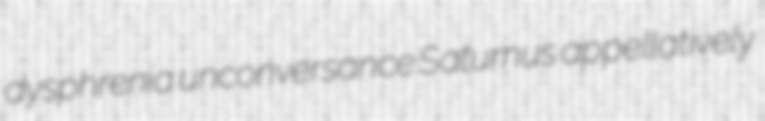
dysphrenia unconversance Saturnus appellatively